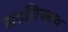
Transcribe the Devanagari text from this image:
सदशिवराव